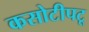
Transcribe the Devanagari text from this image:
कसोटीपटू